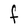
Character: F